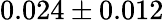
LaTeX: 0.024\pm 0.012